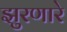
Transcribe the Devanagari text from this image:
झुरणारे